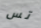
تس